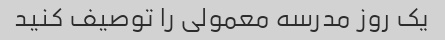
یک روز مدرسه معمولی را توصیف کنید